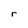
Character: r